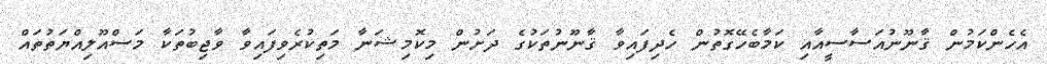
އެހެންކަމުން ޤާނޫނުއަސާސީއާއި ކަމާބެހޭގޮތުން ހެދިފައިވާ ޤާނޫނުތަކުގެ ދަށުން މިކޮމިޝަނާ މަތިކުރެވިފައިވާ ވާޖިބުތަކާ މަސްއޫލިއްޔަތުތައް